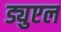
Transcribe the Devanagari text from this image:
ड्युएल